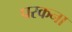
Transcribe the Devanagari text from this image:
परकना